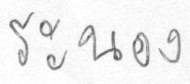
ระนอง